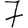
Digit: 7